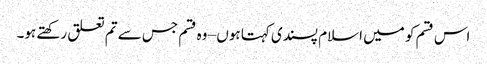
اس قسم کو میں اسلام پسندی کہتا ہوں – وہ قسم جس سے تم تعلق رکھتے ہو۔